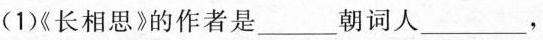
1)《长相思》的作者是___朝词人___，